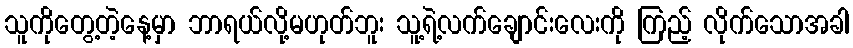
သူကိုတွေ့တဲ့နေ့မှာ ဘာရယ်လို့မဟုတ်ဘူး သူ့ရဲ့လက်ချောင်းလေးကို ကြည့် လိုက်သောအခါ